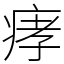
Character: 痚